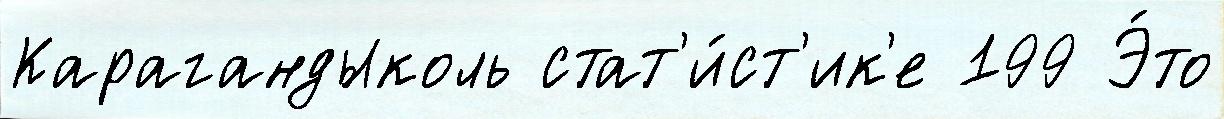
Карагандыколь стат'и́ст'ик'е 199 Э́то